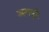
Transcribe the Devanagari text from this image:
अणसुरे